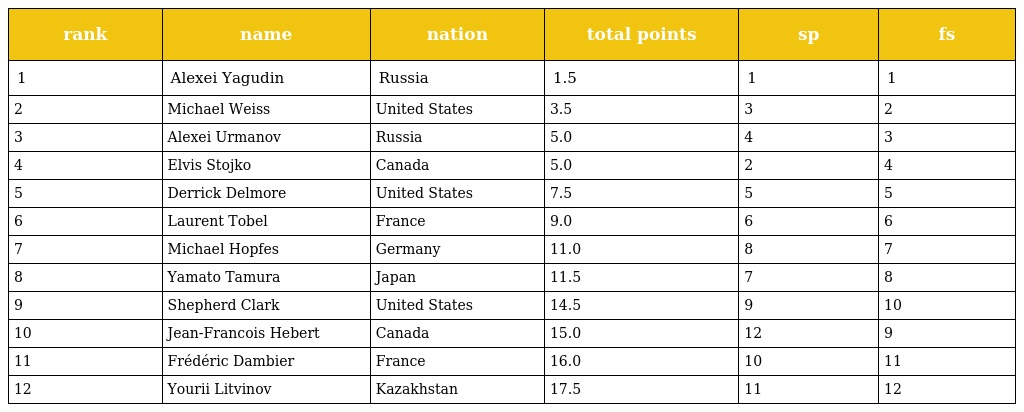
| rank | name | nation | total points | sp | fs |
 | --- | --- | --- | --- | --- | --- |
 | 1 | Alexei Yagudin | Russia | 1.5 | 1 | 1 |
 | 2 | Michael Weiss | United States | 3.5 | 3 | 2 |
 | 3 | Alexei Urmanov | Russia | 5.0 | 4 | 3 |
 | 4 | Elvis Stojko | Canada | 5.0 | 2 | 4 |
 | 5 | Derrick Delmore | United States | 7.5 | 5 | 5 |
 | 6 | Laurent Tobel | France | 9.0 | 6 | 6 |
 | 7 | Michael Hopfes | Germany | 11.0 | 8 | 7 |
 | 8 | Yamato Tamura | Japan | 11.5 | 7 | 8 |
 | 9 | Shepherd Clark | United States | 14.5 | 9 | 10 |
 | 10 | Jean-Francois Hebert | Canada | 15.0 | 12 | 9 |
 | 11 | Frédéric Dambier | France | 16.0 | 10 | 11 |
 | 12 | Yourii Litvinov | Kazakhstan | 17.5 | 11 | 12 |